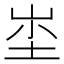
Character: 𱛣